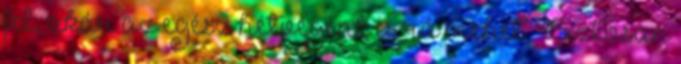
fel, akár az egész hétvégénk is rá mehet. Biztosan